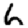
Digit: 6